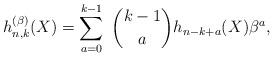
LaTeX: \begin{gather*}h_{n,k}^{(\beta)}(X) = \sum_{a=0}^{k-1}~{k-1 \choose a} h_{n-k+a}(X)\beta^{a},\end{gather*}